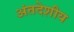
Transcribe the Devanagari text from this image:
अंतदेशीय